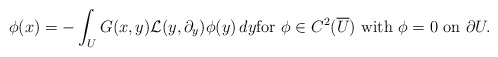
\begin{align*}\phi(x)=-\int_U G(x,y){\mathcal L}(y,\partial_y)\phi(y)\,dy \hbox{for}\ \phi\in C^2(\overline{U}) \ \hbox{with}\ \phi=0\ \hbox{on} \ \partial U.\end{align*}